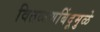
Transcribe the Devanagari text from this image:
वितळणबिंदूमुळे